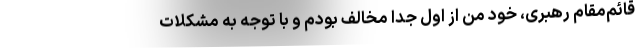
قائم‌مقام رهبری، خود من از اول جدا مخالف بودم و با توجه به مشکلات